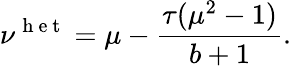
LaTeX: \nu^{\mathrm{~h~e~t~}}=\mu-\frac{\tau(\mu^{2}-1)}{b+1}.